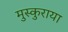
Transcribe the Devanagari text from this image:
मुस्कुराया